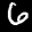
Label: 6